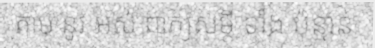
តាម នូវ អស់ ពាក្យសម្តី ទាំង ប៉ុន្មាន